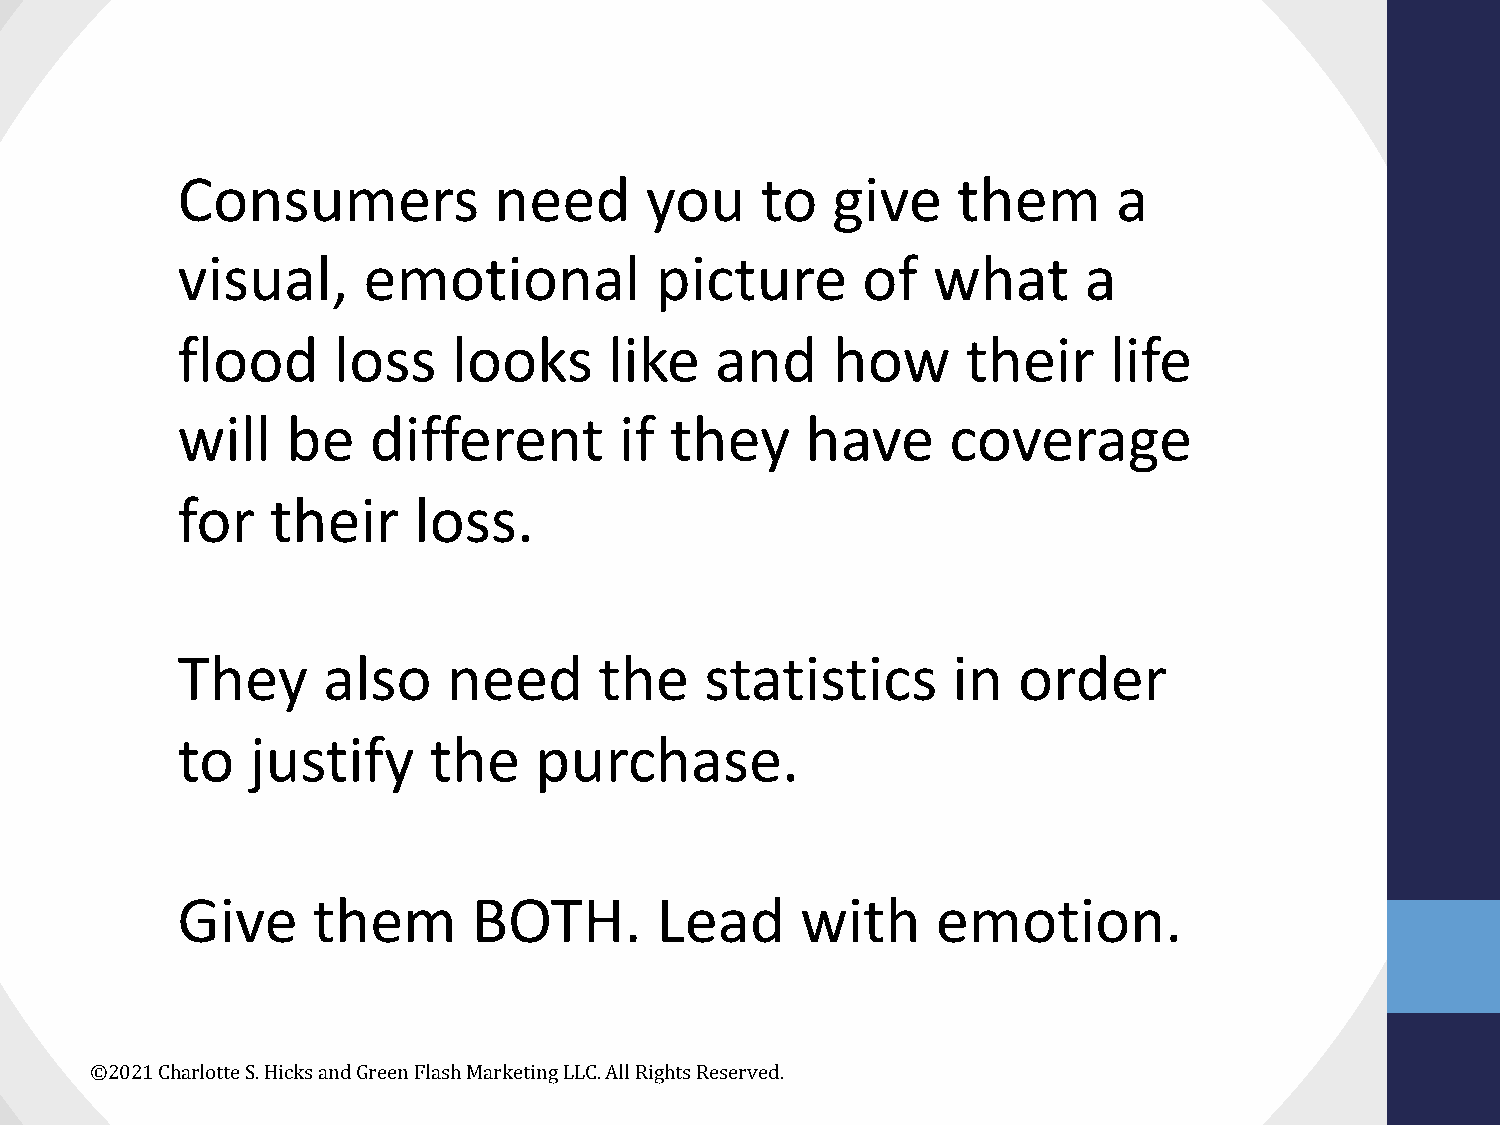
Consumers            need      you    to   give    them       a
 visual,     emotional          picture       of   what      a
 flood     loss    looks     like   and     how      their    life
 will   be   different        if they     have      coverage
 for   their    loss.
 They     also     need      the    statistics      in  order
 to   justify    the    purchase.
 Give     them      BOTH.       Lead      with     emotion.
 ©2021 Charlotte S. Hicks and Green Flash Marketing LLC. All Rights Reserved.